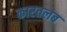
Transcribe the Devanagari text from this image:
कारतलब